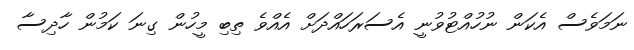
ނަމަވެސް އެކަން ނުހުއްޓުވުނީ އެސަރަހައްދަށް އެއްވެ ތިބި މީހުން ގިނަ ކަމުން ހާދިސާ